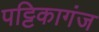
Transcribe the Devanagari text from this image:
पट्टिकागंज